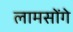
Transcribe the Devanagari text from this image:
लामसोंगे